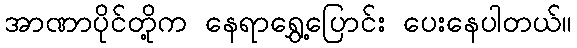
အာဏာပိုင်တို့က နေရာရွှေ့ပြောင်း ပေးနေပါတယ်။